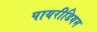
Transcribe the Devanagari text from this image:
पायरीडियम